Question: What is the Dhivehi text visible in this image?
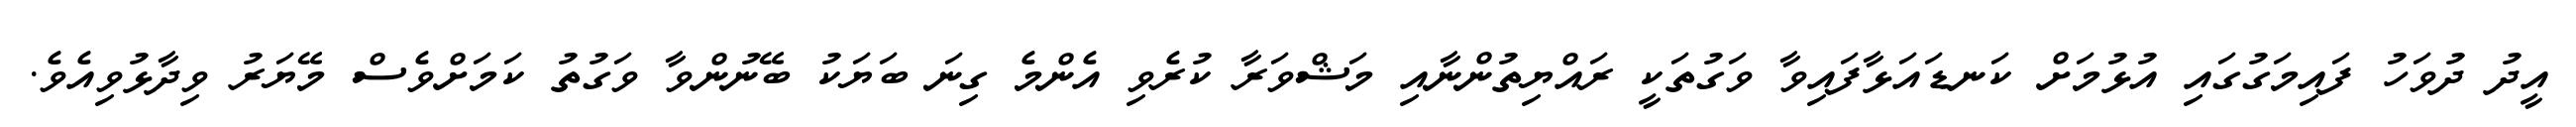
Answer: އީދު ދުވަހު ފައިމަގުގައި އުޅުމަށް ކަނޑައަޅާފައިވާ ވަގުތަކީ ރައްޔިތުންނާއި މަޝްވަރާ ކުރެވި އެންމެ ގިނަ ބަޔަކު ބޭނުންވާ ވަގުތު ކަމަށްވެސް މޭޔަރު ވިދާޅުވިއެވެ.